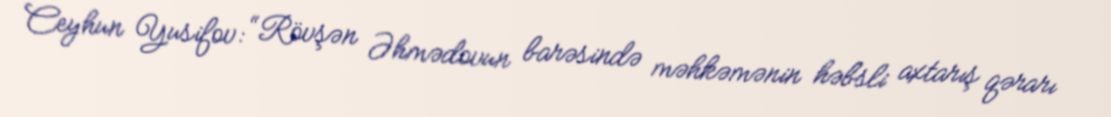
Ceyhun Yusifov: “Rövşən Əhmədovun barəsində məhkəmənin həbsli axtarış qərarı